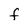
Character: F